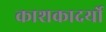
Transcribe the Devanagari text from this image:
काशकादर्यो